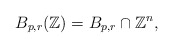
\begin{align*}B_{p,r}(\mathbb{Z}) = B_{p,r} \cap \mathbb{Z}^n,\end{align*}